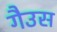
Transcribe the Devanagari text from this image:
गैउस